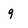
Character: g